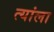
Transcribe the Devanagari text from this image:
त्यांला